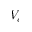
V _ { c }